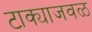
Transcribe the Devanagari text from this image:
टाक्याजवळ